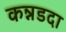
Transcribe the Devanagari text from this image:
कन्नडदा